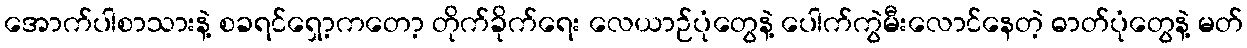
အောက်ပါစာသားနဲ့ စခရင်ရှော့ကတော့ တိုက်ခိုက်ရေး လေယာဉ်ပုံတွေနဲ့ ပေါက်ကွဲမီးလောင်နေတဲ့ ဓာတ်ပုံတွေနဲ့ မတ်